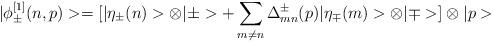
LaTeX: \begin{align*}|\phi_\pm ^{[1]}(n,p)>= [|\eta_\pm (n) >\otimes |\pm> + \sum_{m\ne n}\Delta^{\pm}_{mn} (p) |\eta_\mp (m)>\otimes|\mp>]\otimes|p>\end{align*}